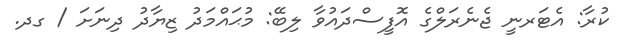
ކުރާ: އެޓަރނީ ޖެނެރަލްގެ އޮފީސްދައުވާ ލިބޭ: މުޙައްމަދު ޒިޔާދު ދިނަށަ / ގދ.